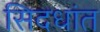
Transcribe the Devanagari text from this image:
सिदधांत